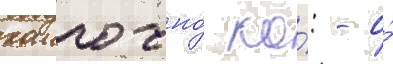
хаиго-но́ ко́: - о́